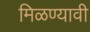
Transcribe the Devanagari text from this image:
मिळण्यावी